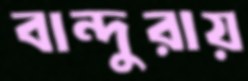
বান্দুরায়